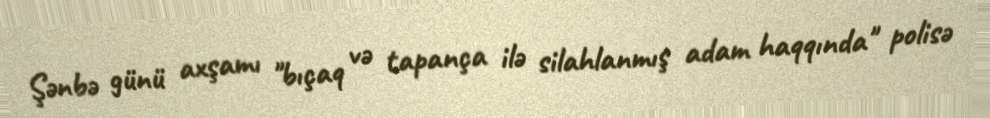
Şənbə günü axşamı "bıçaq və tapança ilə silahlanmış adam haqqında" polisə